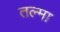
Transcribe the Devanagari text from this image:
तल्मा